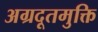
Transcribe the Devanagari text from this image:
अग्रदूतमुक्ति